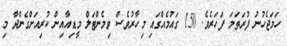
ހަމަޖެހުނު ފުރަތަމަ ފަހަރެވެ. 150 ގައުމެއްގައި މިހާރުވެސް ވިމެންޓަލް މީޑިއާއިން ކުރިއަށްގެންދާ މި